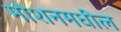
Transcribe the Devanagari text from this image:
मोशनमधील